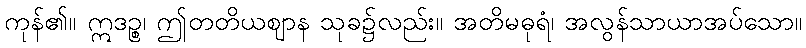
ကုန်၏။ ဣဒဉ္စ၊ ဤတတိယဈာန သုခ၌လည်း။ အတိမဓုရံ၊ အလွန်သာယာအပ်သော။